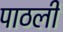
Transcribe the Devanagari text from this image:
पाठली